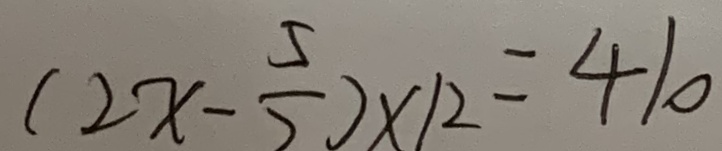
( 2 x - \frac { 5 } { 2 } ) \times 1 2 = 4 1 0